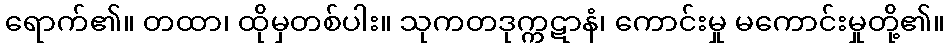
ရောက်၏။ တထာ၊ ထိုမှတစ်ပါး။ သုကတဒုက္ကဋာနံ၊ ကောင်းမှု မကောင်းမှုတို့၏။